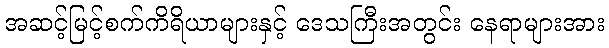
အဆင့်မြင့်စက်ကိရိယာများနှင့် ဒေသကြီးအတွင်း နေရာများအား